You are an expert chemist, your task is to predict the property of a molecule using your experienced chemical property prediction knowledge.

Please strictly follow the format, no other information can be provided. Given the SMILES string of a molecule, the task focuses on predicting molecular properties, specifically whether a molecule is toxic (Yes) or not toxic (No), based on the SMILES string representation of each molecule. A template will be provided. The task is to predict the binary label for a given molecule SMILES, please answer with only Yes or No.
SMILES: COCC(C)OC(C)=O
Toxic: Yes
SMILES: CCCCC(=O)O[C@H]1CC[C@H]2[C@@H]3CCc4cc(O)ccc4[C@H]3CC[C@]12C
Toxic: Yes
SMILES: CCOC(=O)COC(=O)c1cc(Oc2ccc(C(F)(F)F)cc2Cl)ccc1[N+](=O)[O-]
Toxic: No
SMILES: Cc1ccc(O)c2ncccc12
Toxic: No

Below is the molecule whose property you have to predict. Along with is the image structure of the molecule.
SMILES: CCC(C)(C)c1ccc(O)cc1
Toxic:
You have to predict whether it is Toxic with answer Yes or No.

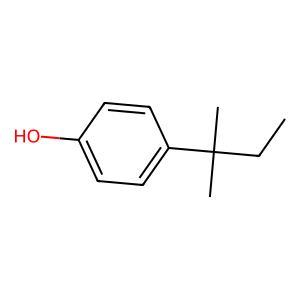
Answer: No